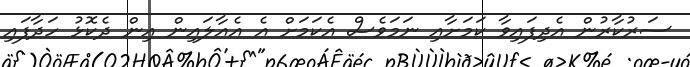
ސަރުކާރުން އެދިފައިވާ ކަމަށާއި ނަމަވެސް އެކަމަށް އެ އެއާލައިން އިން ދެކޮޅު ހަދާފައި